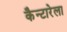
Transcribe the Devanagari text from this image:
कैन्टारेला